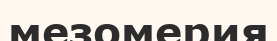
мезомерия